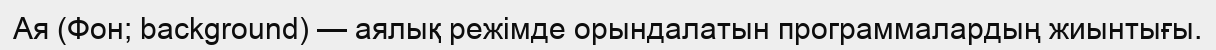
Ая (Фон; background) — аялық режімде орындалатын программалардың жиынтығы.